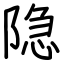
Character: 隐